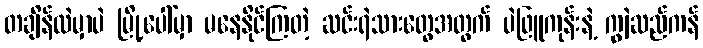
တချိန်ထဲမှာပဲ မြို့ပေါ်မှာ မနေနိုင်ကြတဲ့ ဆင်းရဲသားတွေအတွက် ပဲဖြူကုန်းနဲ့ ကျွဲဆည်ကန်